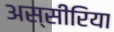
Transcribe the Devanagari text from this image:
अस्सीरिया